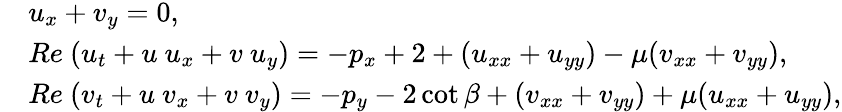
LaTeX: \begin{array}{rl}&{u_{x}+v_{y}=0,}\\ &{Re~(u_{t}+u~u_{x}+v~u_{y})=-p_{x}+2+(u_{xx}+u_{yy})-\mu(v_{xx}+v_{yy}),}\\ &{Re~(v_{t}+u~v_{x}+v~v_{y})=-p_{y}-2\cot\beta+(v_{xx}+v_{yy})+\mu(u_{xx}+u_{yy}),}\end{array}